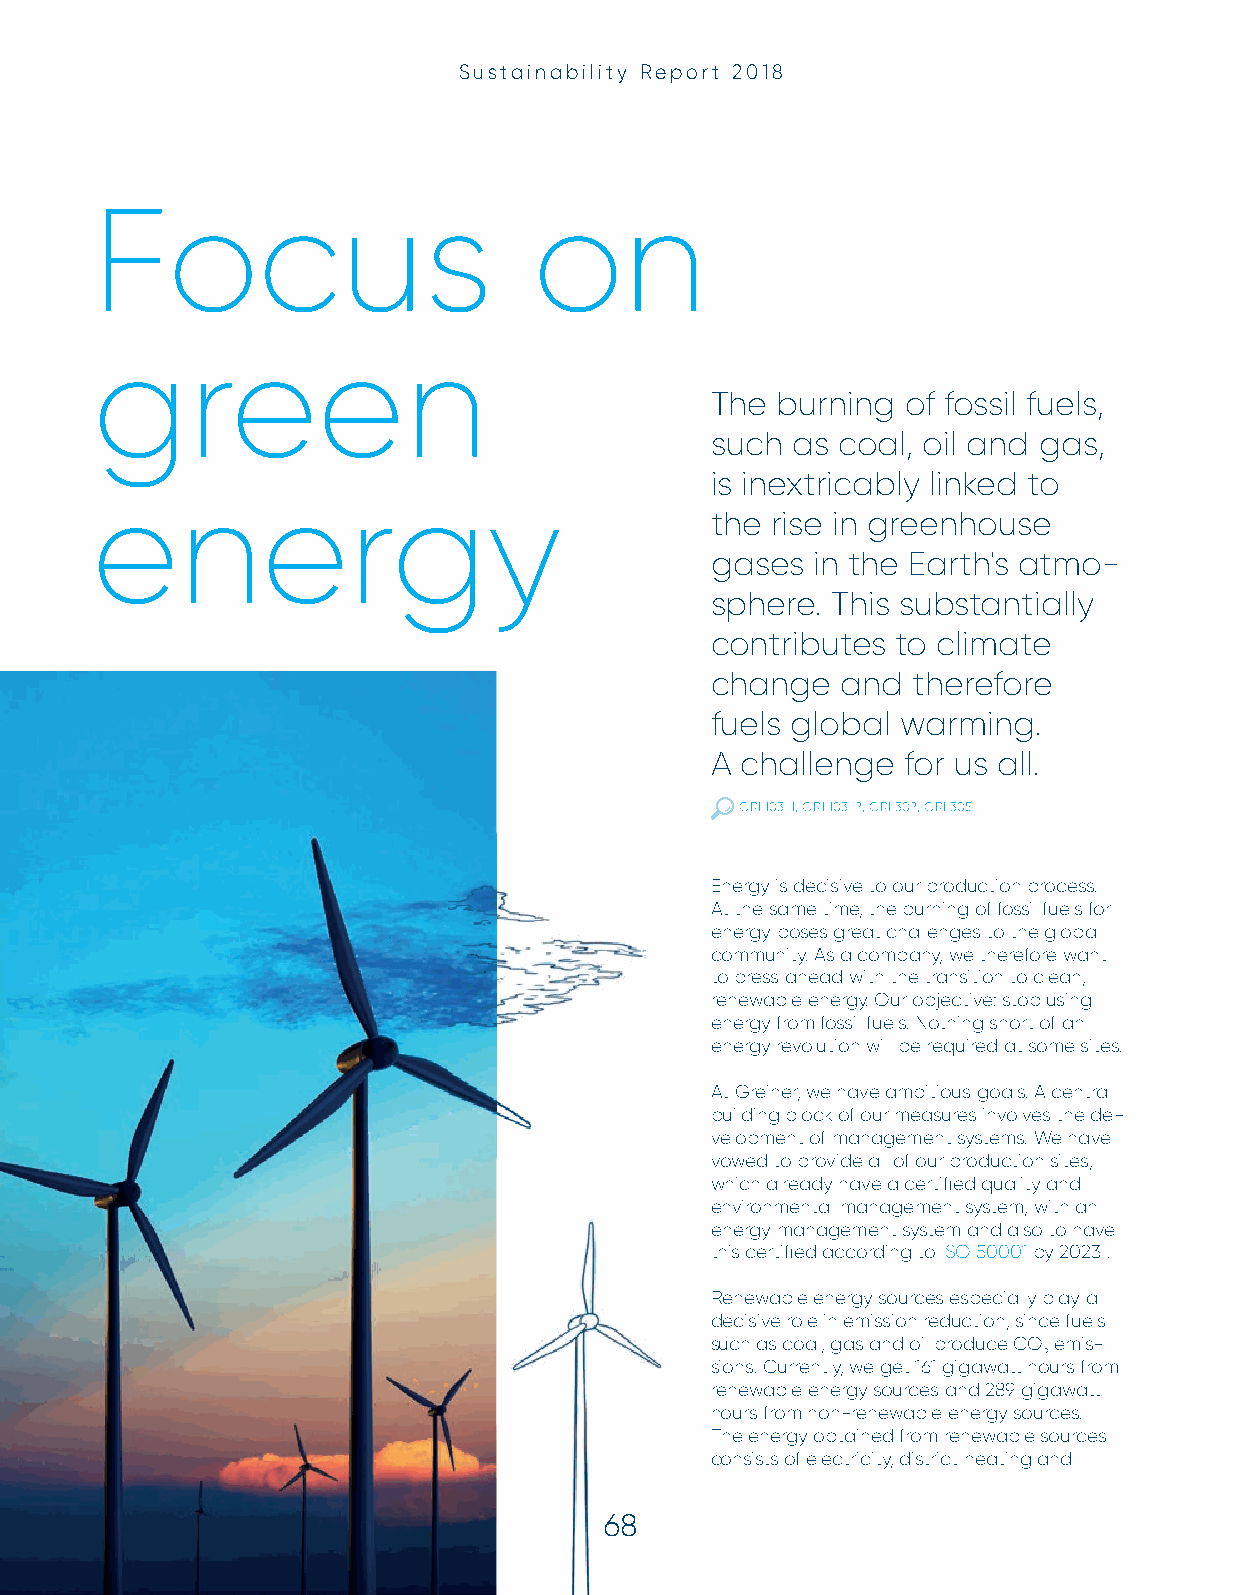
Sustainability Report 2018
 Focus                        on
 green
 The burning  of fossil fuels,
 such as  coal, oil and gas,
 is inextricably linked to
 energy
 the rise in greenhouse
 gases  in the Earth's atmo-
 sphere. This substantially
 contributes to climate
 change   and therefore
 fuels global warming.
 A challenge  for us all.
 GRI 103-1, GRI 103-2, GRI 302, GRI 305
 Energy is decisive to our production process.
 At the same time, the burning of fossil fuels for
 energy poses great challenges to the global
 community. As a company, we therefore want
 to press ahead with the transition to clean,
 renewable energy. Our objective: stop using
 energy from fossil fuels. Nothing short of an
 energy revolution will be required at some sites.
 At Greiner, we have ambitious goals. A central
 building block of our measures involves the de-
 velopment of management systems. We have
 vowed to provide all of our production sites,
 which already have a certifi ed quality and
 environmental management system, with an
 energy management system and also to have
 this certifi ed according to ISO 50001 by 2023 .
 Renewable energy sources especially play a
 decisive role in emission reduction, since fuels
 such as coal, gas and oil produce CO emis-
 2
 sions. Currently, we get 161 gigawatt hours from
 renewable energy sources and 289 gigawatt
 hours from non-renewable energy sources.
 The energy obtained from renewable sources
 consists of electricity, district heating and
 6688